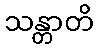
သန္တာတိ